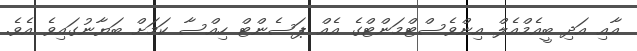
އާއި އަދި ބީއެމްއެލް އިންވެސްޓްމަންޓްގެ އެއް ޕަސެންޓް ހިއްސާ ކަމަށް ބަޔާނުގައިވެ އެވެ.